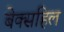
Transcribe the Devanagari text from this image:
बेक्सहिल